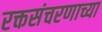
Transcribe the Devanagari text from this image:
रक्तसंचरणाच्या